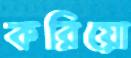
করিয়ো